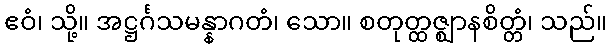
ဧဝံ၊ သို့။ အဋ္ဌင်္ဂသမန္နာဂတံ၊ သော။ စတုတ္ထဇ္ဈာနစိတ္တံ၊ သည်။